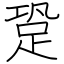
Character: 跫